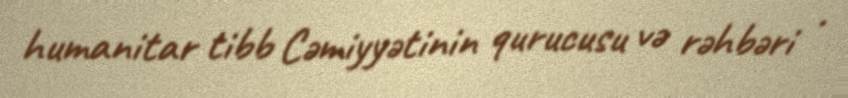
humanitar tibb Cəmiyyətinin qurucusu və rəhbəri .